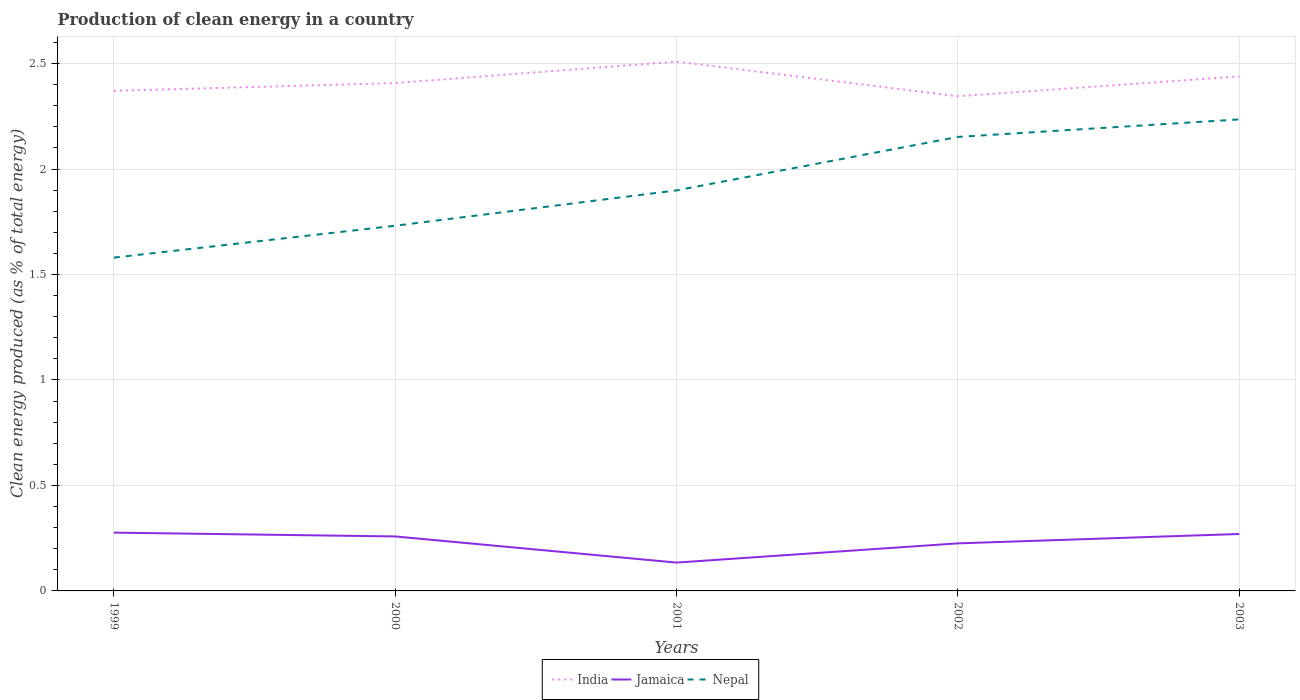
| Years | India | Jamaica | Nepal |
 | --- | --- | --- | --- |
 | 1999 | 2.37 | 0.276 | 1.58 |
 | 2000 | 2.41 | 0.258 | 1.73 |
 | 2001 | 2.51 | 0.134 | 1.9 |
 | 2002 | 2.35 | 0.225 | 2.15 |
 | 2003 | 2.44 | 0.27 | 2.24 |